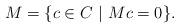
LaTeX: \begin{align*} \mathop{}M=\{c\in C~|~Mc=0\}. \end{align*}